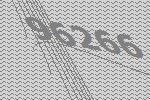
96266